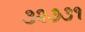
૩૨૭૩૧